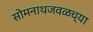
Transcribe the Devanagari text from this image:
सोमनाथजवळच्या